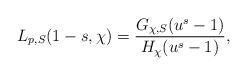
LaTeX: \begin{align*}L_{p,S}(1-s,\chi) = \frac{G_{\chi,S}(u^s-1)}{H_{\chi}(u^s-1)},\end{align*}